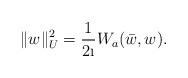
LaTeX: \begin{align*} \|w\|_U^2 =\frac{1}{2\i} W_a(\bar w,w). \end{align*}